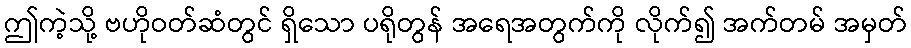
ဤကဲ့သို့ ဗဟိုဝတ်ဆံတွင် ရှိသော ပရိုတွန် အရေအတွက်ကို လိုက်၍ အက်တမ် အမှတ်